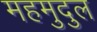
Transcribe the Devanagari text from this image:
महमुदुल